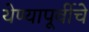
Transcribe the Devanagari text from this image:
येण्यापूर्वीचे